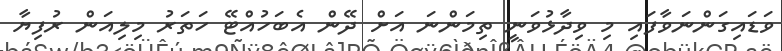
ވަޑައިގަންނަވާފައި މި ވިދާޅުވަނީ ތިމަންނަ އަށް ދޭން އެބަހުއްޓޭ ހަތަރު މިލިއަން ރުފިޔާ